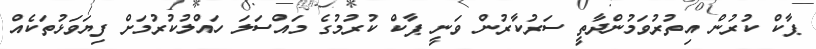
ޕާކް ކުރުން އިތުރުވަމުންދާތީ ސަރުކާރުން ވަނީ ޕާކް ކުރުމުގެ މައްސަލަ ހައްލުކުރުމަށް ފިޔަވަޅުތަކެއް